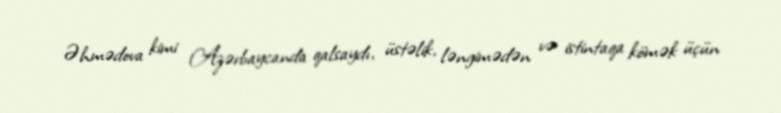
Əhmədova kimi Azərbaycanda qalsaydı, üstəlik, ləngimədən və istintaqa kömək üçün